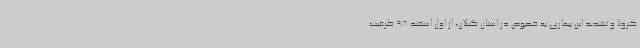
کرونا و تشدید این بیماری به خصوص در استان گیلان، از اول اسفند 98 ظرفیت